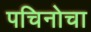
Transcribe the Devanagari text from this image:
पचिनोचा